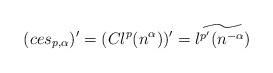
\begin{align*} (ces_{p, \alpha})^{\prime} = (Cl^p(n^{\alpha}))^{\prime} = \widetilde{l^{p^{\prime}}(n^{-\alpha})}\end{align*}